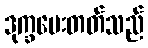
ဒုက္ခပေးတတ်သည်